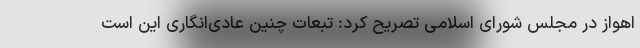
اهواز در مجلس شورای اسلامی تصریح کرد: تبعات چنین عادی‌انگاری این است